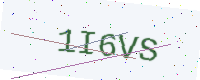
Text: 1I6VS